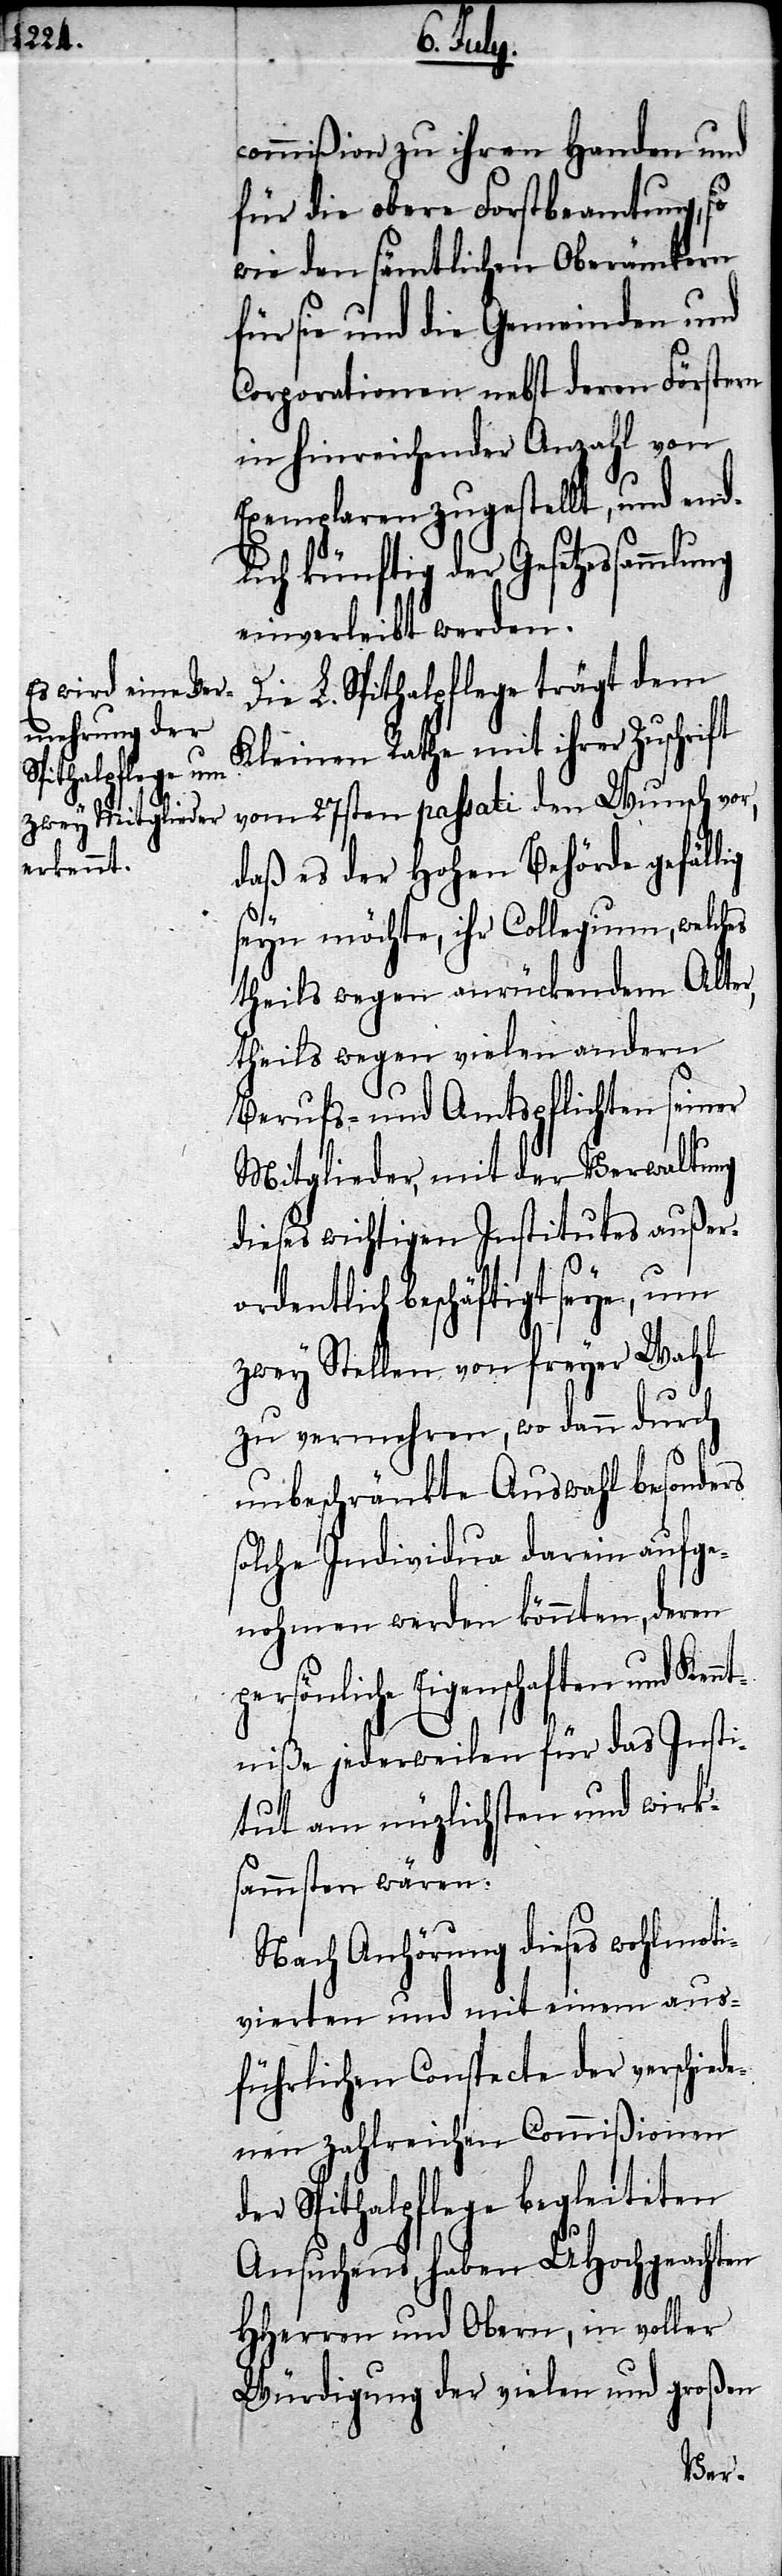
commißion zu ihren Handen und
für die obere Forstbeamtung, so
wie den sämtlichen Oberämtern
für sie und die Gemeinden und
Corporationen nebst deren Förstern
in hinreichender Anzahl von
Exemplaren zugestellt, und end¬
lich künftig der Gesetzessam¬
einverleibt werden.
Die L. Spithalpflege trägt dem
Kleinen Rathe mit ihrer Zuschrift
vom 27sten passati den Wunsch vor,
daß es der Hohen Behörde gefäl¬
seyn möchte, ihr Collegium, welches
theils wegen anrückendem Alter,
theils wegen vielen andern
Berufs- und Amtspflichten seiner
Mitglieder, mit der Verwaltung
dieses wichtigen Institutes außero¬
rdentlich beschäftigt seye, um
zwey Stellen von freyer Wahl
zu vermehren, wo dann durch
unbeschränkte Auswahl besonders
solche Individua darin aufge¬
nohmen werden könnten, deren
sönliche Eigenschaften und Ken¬
ntniße jederweilen für das Insti¬
lig
tut am nüzlichsten und wirk¬
sammsten wären.
Nach Anhörung dieses wohlmoti¬
vierten und mit einem aus¬
führlichen Constecte der verschied¬
enen zahlreichen Commißionen
der Spithalpflege begleiteten
Ansuchens, haben UHochgeachten
HHerren und Obern, in voller
Würdigung der vielen und großen
per¬